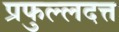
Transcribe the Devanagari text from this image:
प्रफुल्लदत्त